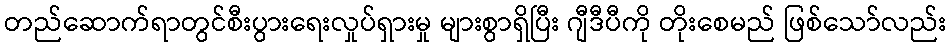
တည်ဆောက်ရာတွင်စီးပွားရေးလှုပ်ရှားမှု များစွာရှိပြီး ဂျီဒီပီကို တိုးစေမည် ဖြစ်သော်လည်း